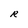
Character: R